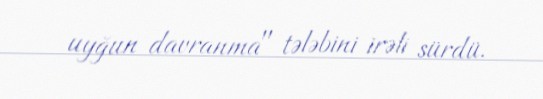
uyğun davranma" tələbini irəli sürdü.